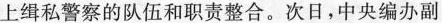
上缉私警察的队伍和职责整合。次日，中央编办副